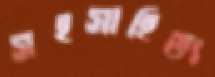
সহসাহিত্য